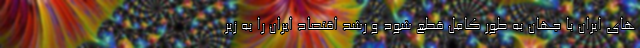
های ایران با جهان به طور کامل قطع شود و رشد اقتصاد ایران را به زیر